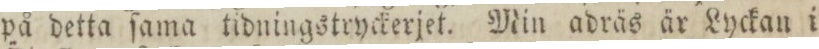
på detta ſama tidningstryckerjet. Min adräs är Lyckan i